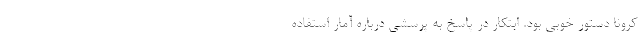
کرونا دستور خوبی بود. ابتکار در پاسخ به پرسشی درباره آمار استفاده